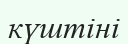
күштіні